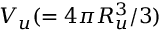
V _ { u } ( = 4 \pi R _ { u } ^ { 3 } / 3 )